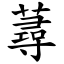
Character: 蕁